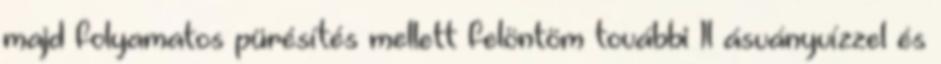
majd folyamatos pürésítés mellett felöntöm további 1l ásványvízzel és